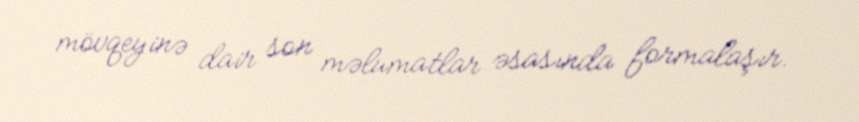
mövqeyinə dair son məlumatlar əsasında formalaşır.